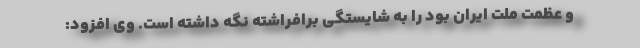
و عظمت ملت ایران بود را به شایستگی برافراشته نگه داشته است. وی افزود: